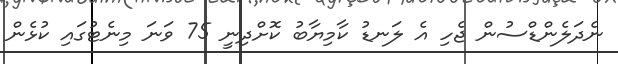
ނެދަލެންޑްސުން ޖެހި އެ ލަނޑު ކާމިޔާބު ކޮށްދިނީ 75 ވަނަ މިނެޓުގައި ކުޅެން